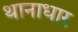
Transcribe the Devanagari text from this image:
थानाधार